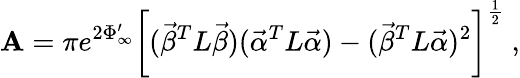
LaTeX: {\mathbf A}=\pi e^{2\Phi_{\infty}^{\prime}}\bigg[({\vec{\beta}}^{T}L{\vec{\beta}})({\vec{\alpha}}^{T}L{\vec{\alpha}})-({\vec{\beta}}^{T}L{\vec{\alpha}})^{2}\bigg]^{\frac{1}{2}}\ ,